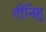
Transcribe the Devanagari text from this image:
तीनिहु